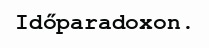
Időparadoxon.